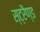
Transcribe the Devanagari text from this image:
स्ट्रैण्ड